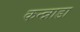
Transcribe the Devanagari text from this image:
कन्न्नाडा